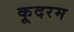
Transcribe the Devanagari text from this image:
कूदरम